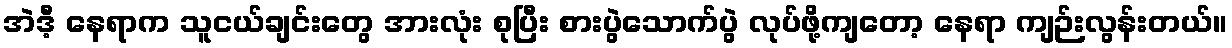
အဲဒီ့ နေရာက သူငယ်ချင်းတွေ အားလုံး စုပြီး စားပွဲသောက်ပွဲ လုပ်ဖို့ကျတော့ နေရာ ကျဉ်းလွန်းတယ်။